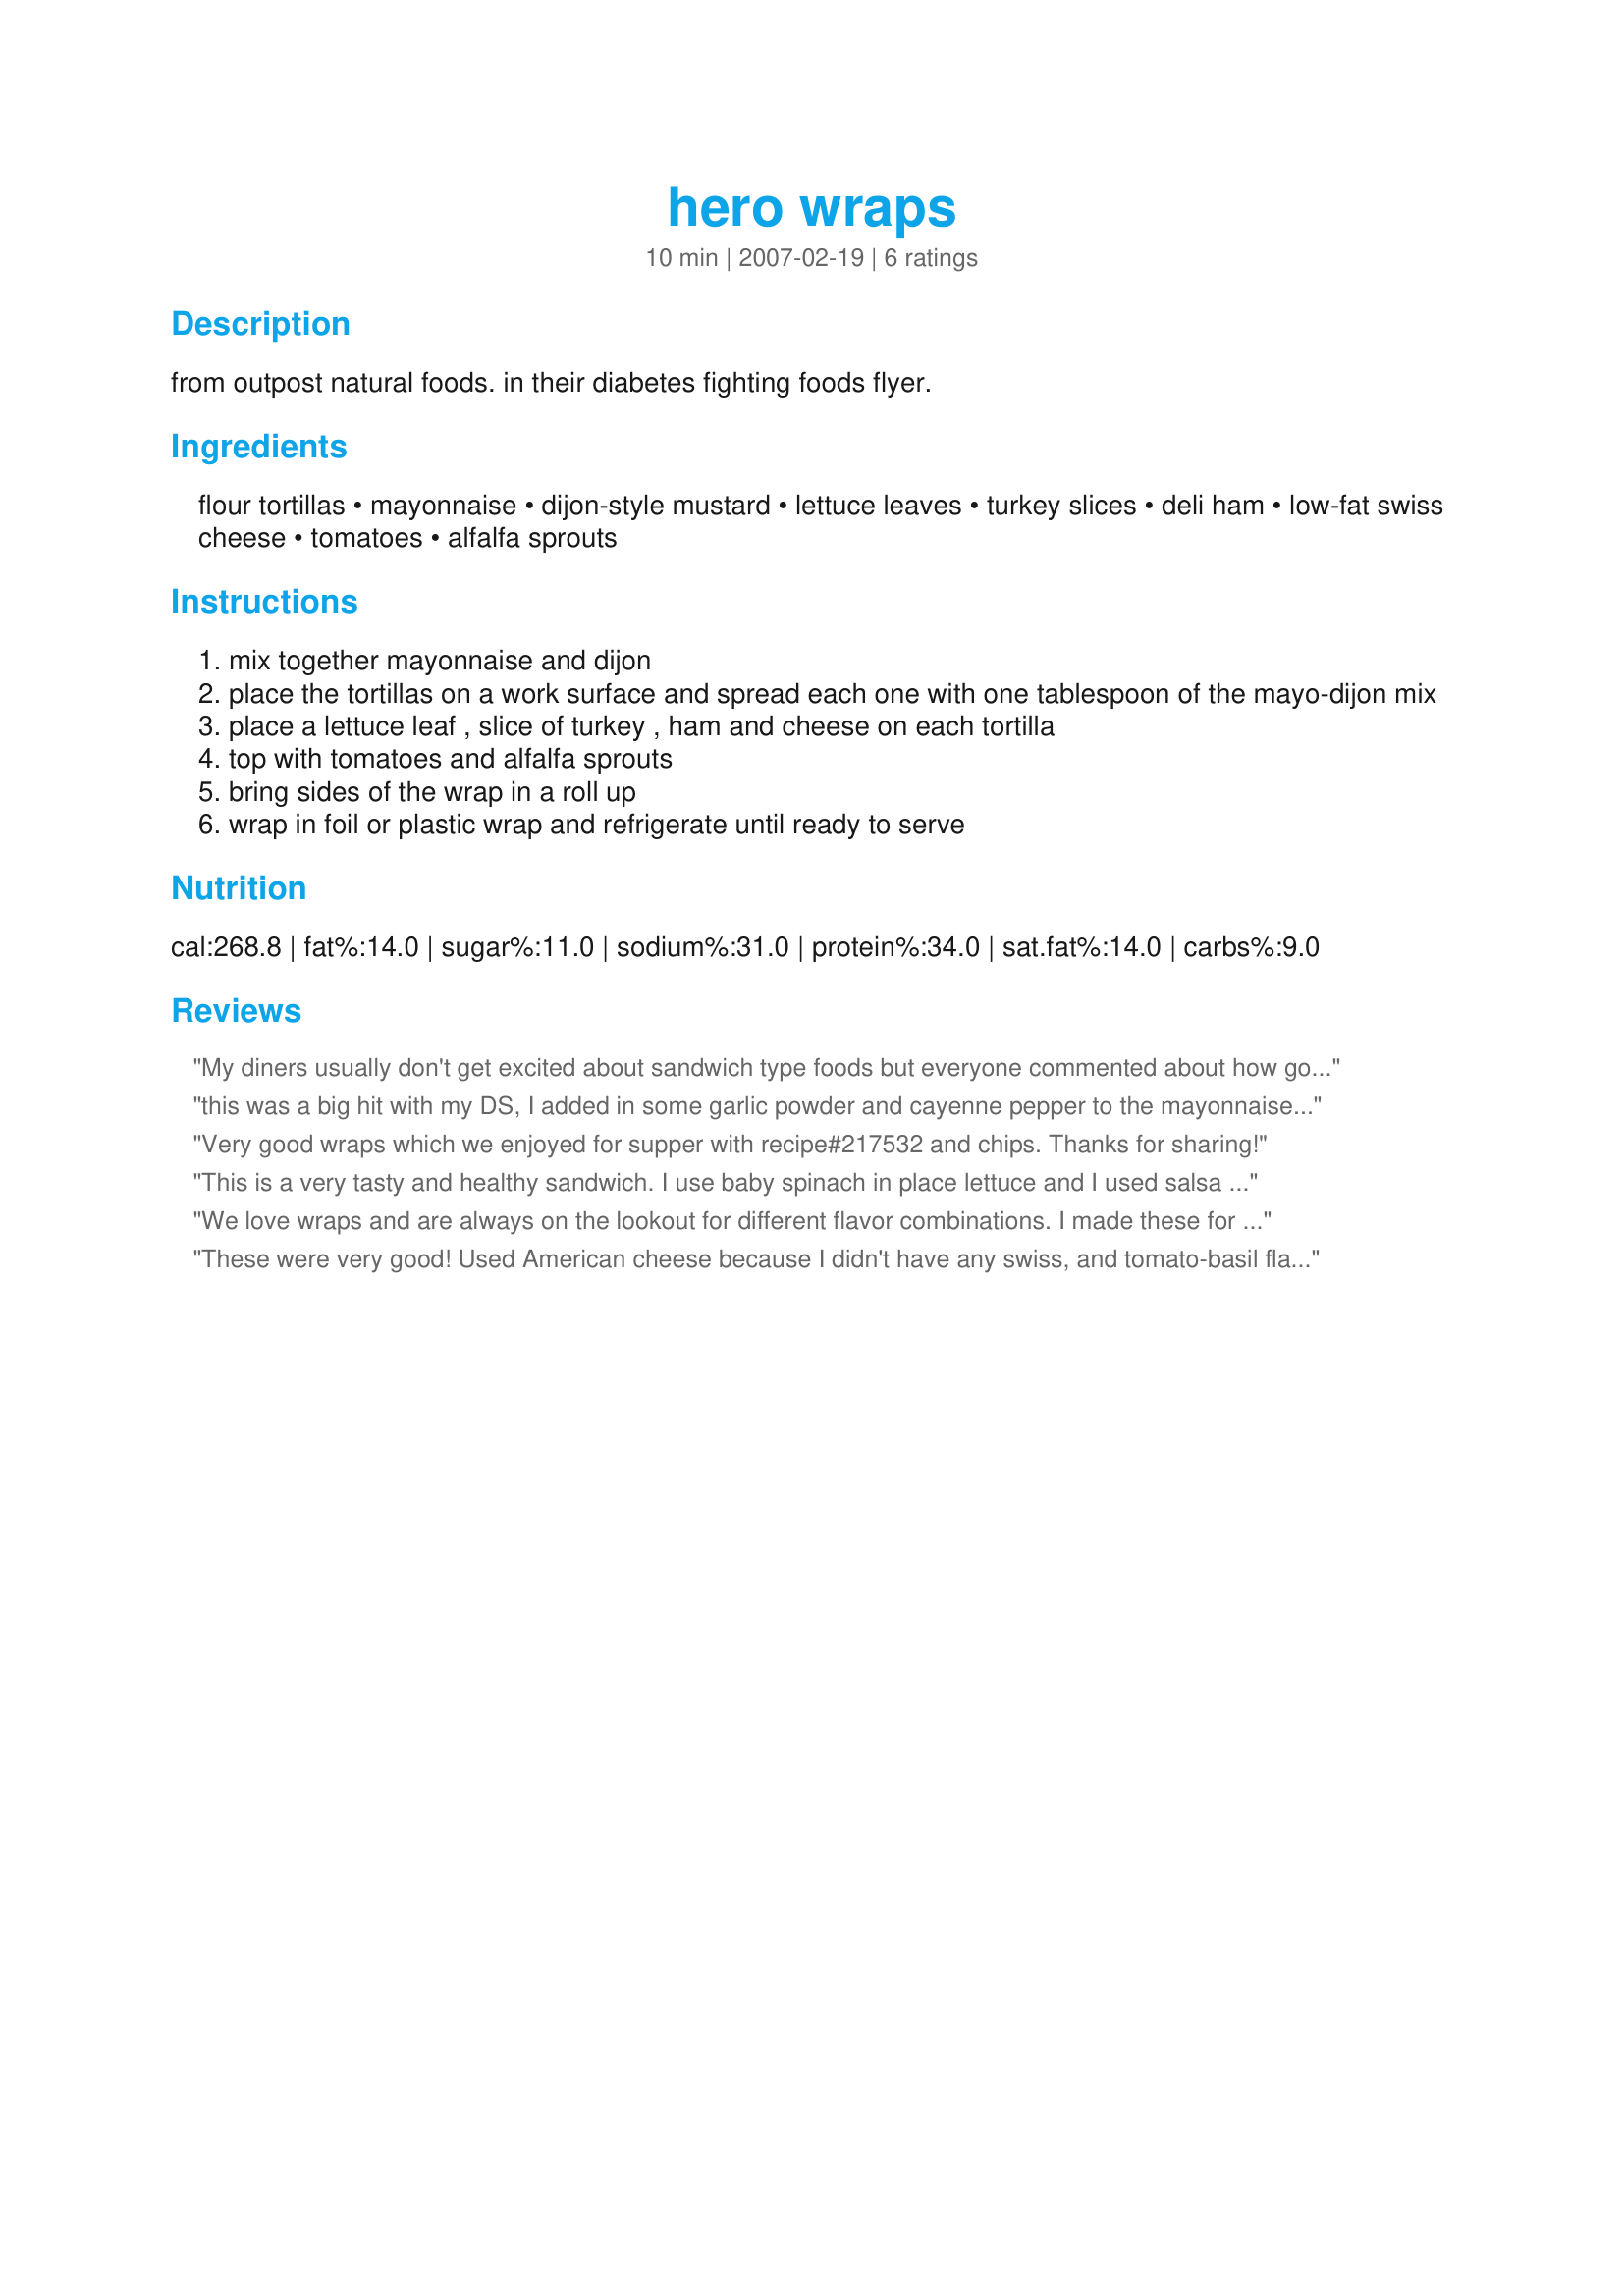
hero wraps
Preparation time: 10 minutes

from outpost natural foods. in their diabetes fighting foods flyer.

Ingredients:
flour tortillas, mayonnaise, dijon-style mustard, lettuce leaves, turkey slices, deli ham, low-fat swiss cheese, tomatoes, alfalfa sprouts

Steps:
mix together mayonnaise and dijon
place the tortillas on a work surface and spread each one with one tablespoon of the mayo-dijon mix
place a lettuce leaf , slice of turkey , ham and cheese on each tortilla
top with tomatoes and alfalfa sprouts
bring sides of the wrap in a roll up
wrap in foil or plastic wrap and refrigerate until ready to serve

Reviews:
My diners usually don't get excited about sandwich type foods but everyone commented about how good these were. I made as written with one addition to suit our tastebuds - a few dashes of red pepper sauce in the mayo/mustard mixture. Thanks for sharing your recipe!
this was a big hit with my DS, I added in some garlic powder and cayenne pepper to the mayonnaise/Dijon mixture, this was thoroughly enjoyed over the weekend, thanks Cheesy!
Very good wraps which we enjoyed for supper with recipe#217532 and chips. Thanks for sharing!
This is a very tasty and healthy sandwich. I use baby spinach in place lettuce and I used salsa in place of the mayo and mustard from personal preference. The swiss was fat free and I didn't use the sprouts only because I don't currently have any. Yummmmm, I could have this everyday for a week. Really wonderful. Thanks Amy for posting this.
We love wraps and are always on the lookout for different flavor combinations. I made these for us on vacation adn they were a big hit. Very filling and hearty for our big day at the parks. Thank you for posting, I plan on makign these again this summer for those lighter meals on hot summer days.
These were very good! Used American cheese because I didn't have any swiss, and tomato-basil flavored tortillas. Also used honey mustard instead of the mayo/dijon combo for personal preferance. Thanks for sharing!!
